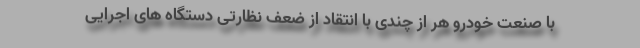
با صنعت خودرو هر از چندی با انتقاد از ضعف نظارتی دستگاه های اجرایی